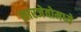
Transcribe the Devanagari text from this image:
सारजेवोमध्ये